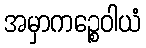
အမှာကဉ္စေဝါယံ